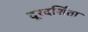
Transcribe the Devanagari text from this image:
दूरदर्शिता